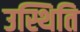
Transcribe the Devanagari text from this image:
उस्थिति